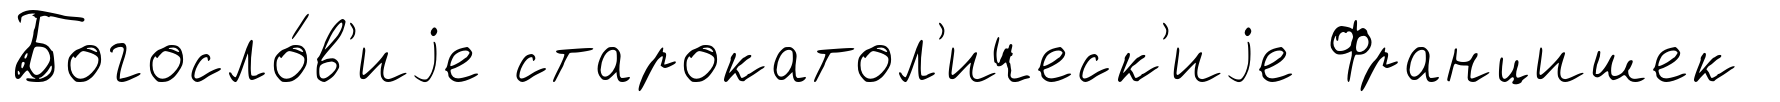
Богосло́в'иjе старокатол'ическ'иjе Францишек